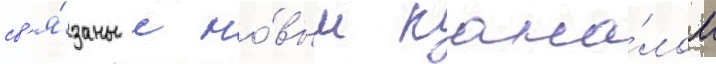
св'я́заны с но́вым кана́лом